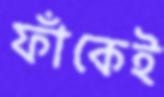
ফাঁকেই